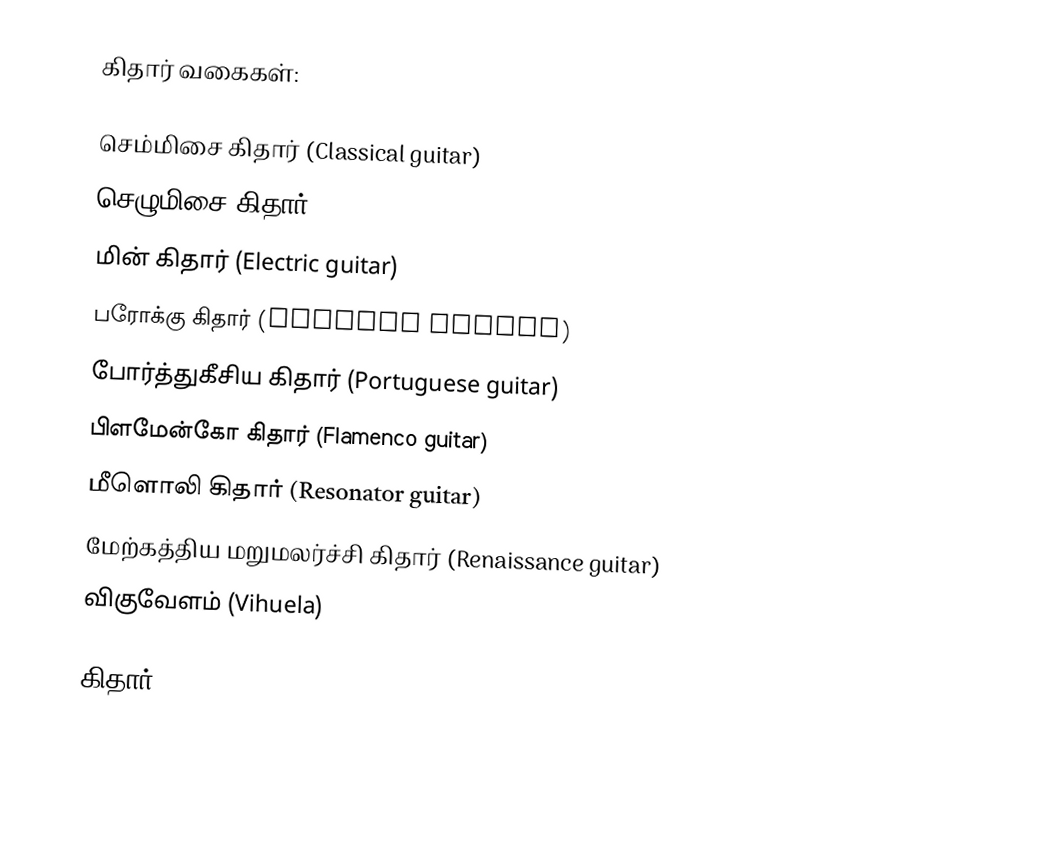
கிதார் வகைகள்:

செம்மிசை கிதார் (Classical guitar)
செழுமிசை கிதார் (Folk guitar)
மின் கிதார் (Electric guitar)
பரோக்கு கிதார் (Baroque guitar)
போர்த்துகீசிய கிதார் (Portuguese guitar)
பிளமேன்கோ கிதார் (Flamenco guitar)
மீளொலி கிதார் (Resonator guitar)
மேற்கத்திய மறுமலர்ச்சி கிதார் (Renaissance guitar)
விகுவேளம் (Vihuela)

 கிதார்